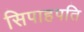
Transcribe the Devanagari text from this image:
सिपाहपति